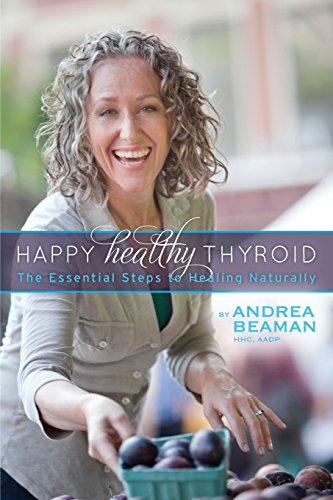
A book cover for Happy Healthy Thyroid - The Essential Steps to Healing Naturally; Andrea Beaman; Health, Fitness & Dieting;